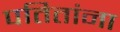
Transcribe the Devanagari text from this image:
पतितांना